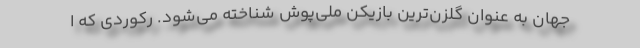
جهان به عنوان گلزن‌ترین بازیکن ملی‌پوش شناخته می‌شود. رکوردی که ا